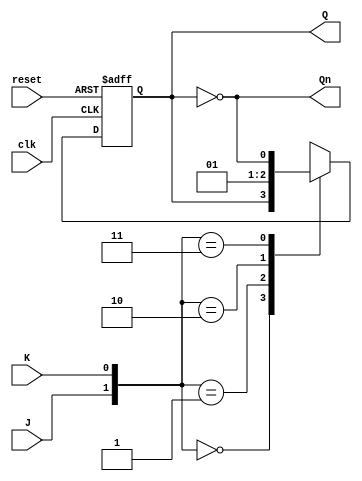
module JK_flip_flop (
    input J, // input J
    input K, // input K
    input clk, // clock input
    input reset, // asynchronous reset input
    output reg Q, // output Q
    output reg Qn // output Q'
);

reg state;

always @(posedge clk or posedge reset) begin
    if (reset) begin
        state <= 1'b0;
    end else begin
        case ({J, K})
            2'b00: state <= state; // hold the state
            2'b01: state <= 1'b0; // reset
            2'b10: state <= 1'b1; // set
            2'b11: state <= ~state; // toggle
        endcase
    end
end

assign Q = state;
assign Qn = ~state;

endmodule